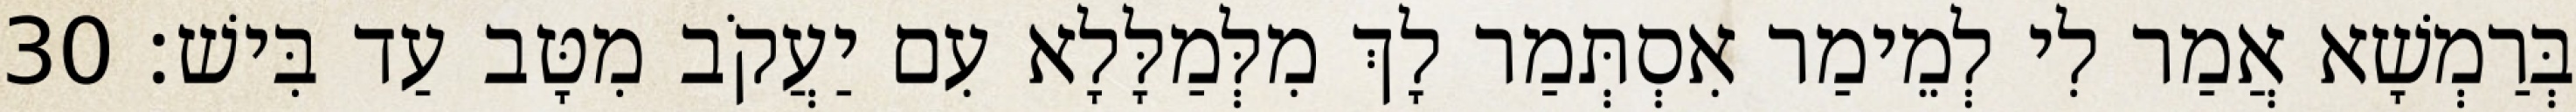
בְּרַמְשָׁא אֲמַר לִי לְמֵימַר אִסְתְּמַר לָךְ מִלְּמַלָּלָא עִם יַעֲקֹב מִטָּב עַד בִּישׁ׃ 30